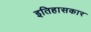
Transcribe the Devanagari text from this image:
इतिहासकार